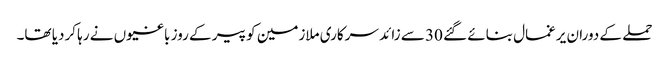
حملے کے دوران یرغمال بنائے گئے 30 سے زائد سرکاری ملازمین کو پیر کے روز باغیوں نے رہا کردیا تھا۔